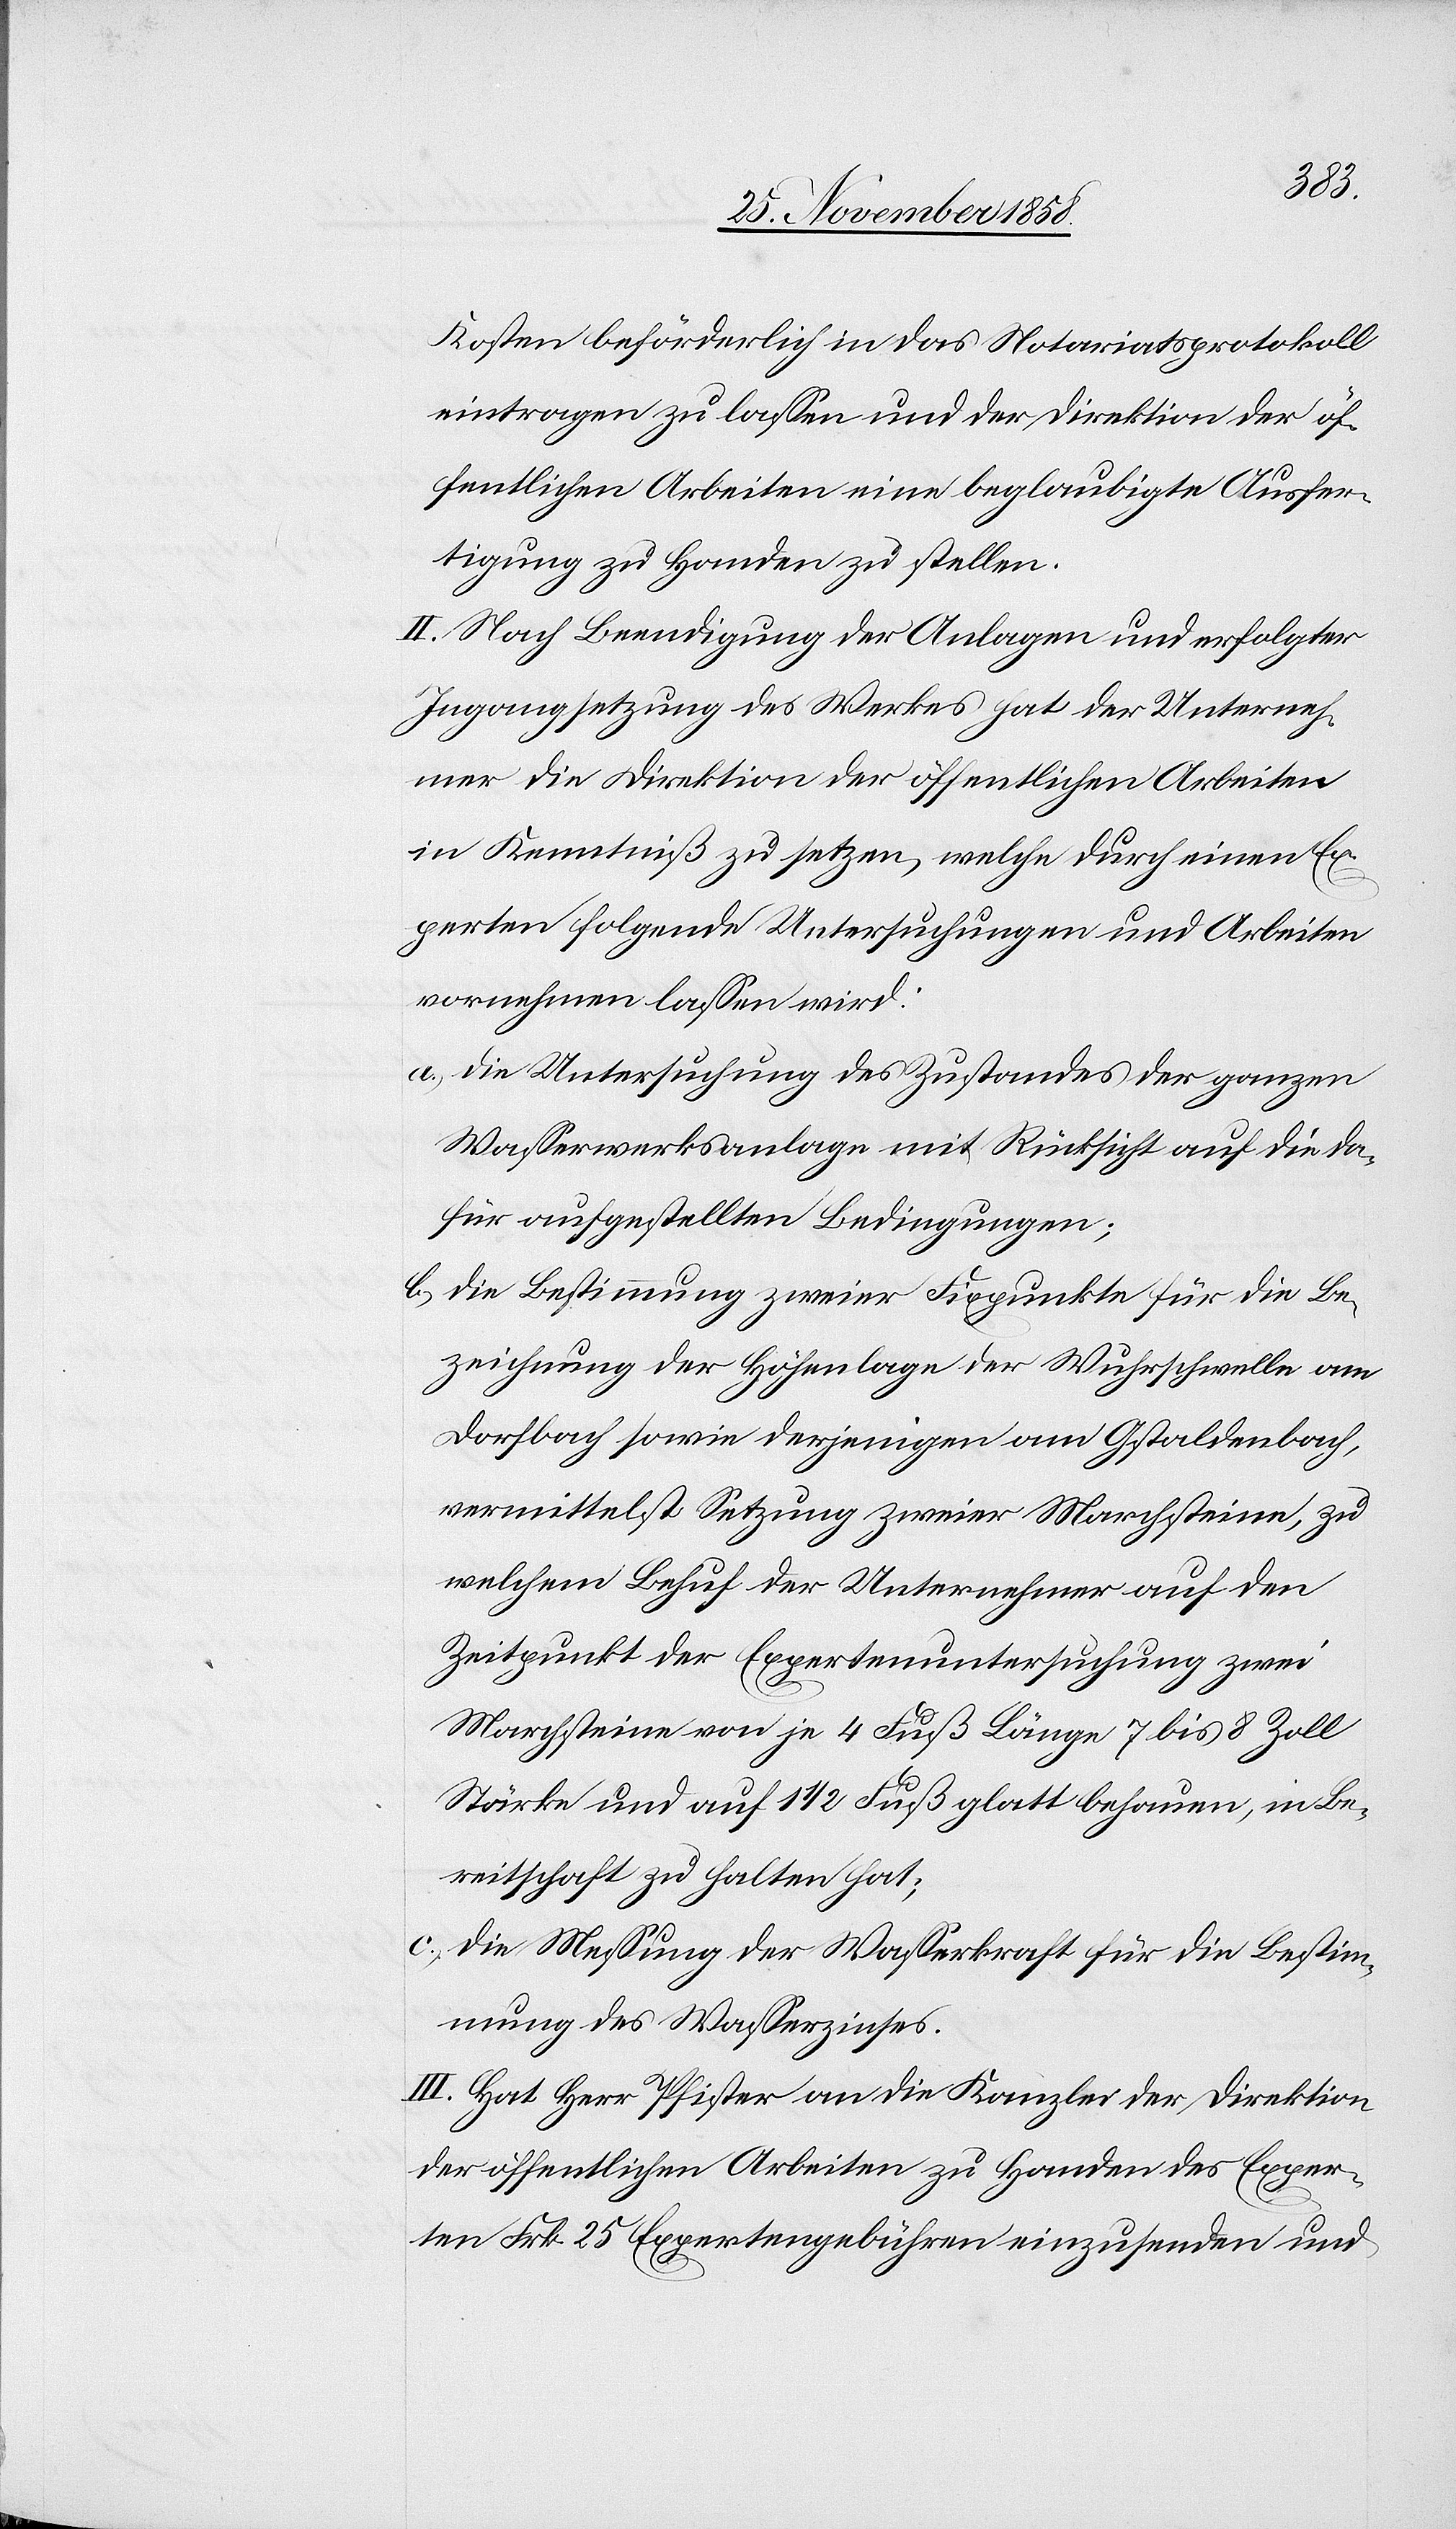
Kosten beförderlich in das Notariatsprotokoll
eintragen zu lassen und der Direktion der öf¬
fentlichen Arbeiten eine beglaubigte Ausfer¬
tigung zu Handen zu stellen.
II. Nach Beendigung der Anlagen und erfolgter
Ingangsetzung des Werkes hat der Unterneh¬
mer die Direktion der öffentlichen Arbeiten
in Kenntniß zu setzen, welche durch einen Ex¬
perten folgende Untersuchungen und Arbeiten
vornehmen lassen wird:
die Untersuchung des Zustandes der ganzen
Wasserwerksanlage mit Rücksicht auf die da¬
für aufgestellten Bedingungen;
die Bestimmung zweier Fixpunkte für die Be¬
zeichnung der Höhenlage der Wuhrschwelle am
Dorfbach sowie derjenigen am Gstaldenbach,
vermittelst Setzung zweier Marchsteine, zu
welchem Behuf der Unternehmer auf den
Zeitpunkt der Expertenuntersuchung zwei
Marchsteine von je 4 Fuß Länge[,] 7 bis 8 Zoll
Stärke und auf 1 1/2 Fuß glatt behauen, in Be¬
reitschaft zu halten hat;
die Messung der Wasserkraft für die Bestim¬
mung des Wasserzinses.
III. Hat Herr Pfister an die Kanzlei der Direktion
der öffentlichen Arbeiten zu Handen des Exper¬
ten Frk. 25 Expertengebühren einzusenden und